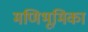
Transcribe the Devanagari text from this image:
मणिभूमिका